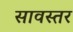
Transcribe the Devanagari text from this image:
सावस्तर